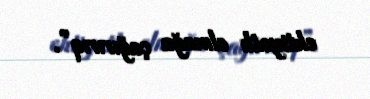
ehtiyatlı olmağa çağırırıq”.